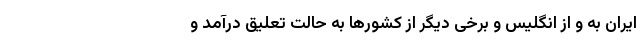
ایران به و از انگلیس و برخی دیگر از کشورها به حالت تعلیق درآمد و